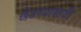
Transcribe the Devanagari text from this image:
छेडण्यासाठी